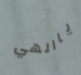
ياالهي